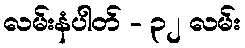
လမ်းနံပါတ် - ၃၂ လမ်း